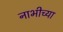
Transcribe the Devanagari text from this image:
नाभीच्या